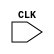
`timescale 1ns / 1ps
//////////////////////////////////////////////////////////////////////////////////
// Company: 
// Engineer: 
// 
// Design Name: 
// Module Name:    segment_translater 
// Project Name: 
// Target Devices: 
// Tool versions: 
// Description: 
//
// Dependencies: 
//
// Revision: 
// Revision 0.01 - File Created
// Additional Comments: 
//
//////////////////////////////////////////////////////////////////////////////////
module segment_translater(
input CLK
//	output [7:0] digitOneTranslated,
//	output [7:0] digitTwoTranslated,
//	output [7:0] digitThreeTranslated,
//	output [7:0] digitFourTranslated
    );


endmodule